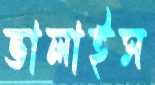
ভালাইস